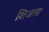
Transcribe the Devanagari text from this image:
शिजला